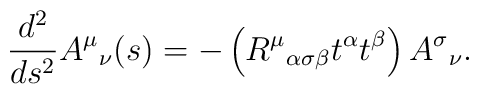
{d^2\over ds^2} A^\mu{}_\nu (s)= - \left( R^\mu{}_{\alpha\sigma\beta} t^\alpha t^\beta \right)A^\sigma{}_\nu.